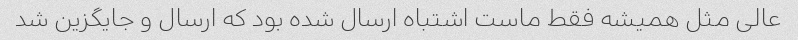
عالی مثل همیشه فقط ماست اشتباه ارسال شده بود که ارسال و جایگزین شد